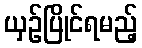
ယှဉ်ပြိုင်ရမည့်